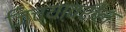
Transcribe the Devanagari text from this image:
जिच्यावरील